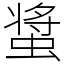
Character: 螀